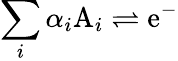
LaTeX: \sum_{i}\alpha_{i}\mathrm{A}_{i}\rightleftharpoons\mathrm{e^{-}}